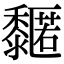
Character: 𪐌